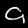
Digit: 9